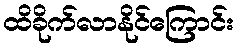
ထိခိုက်လာနိုင်ကြောင်း